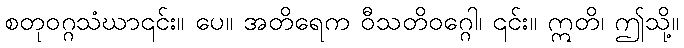
စတုဝဂ္ဂသံဃာ၎င်း။ ပေ။ အတိရေက ဝီသတိဝဂ္ဂေါ၊ ၎င်း။ ဣတိ၊ ဤသို့။